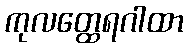
ကုလတ္ထေရဂါထာ